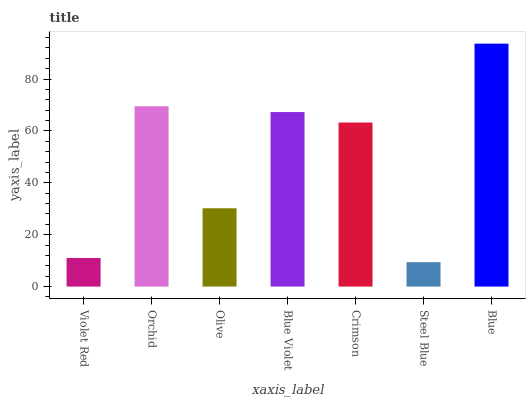
| xaxis_label | bars |
 | --- | --- |
 | Violet Red | 11 |
 | Orchid | 69.5 |
 | Olive | 30.2 |
 | Blue Violet | 67.3 |
 | Crimson | 63.2 |
 | Steel Blue | 9.41 |
 | Blue | 93.6 |